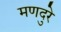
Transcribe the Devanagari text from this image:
मणदुरे